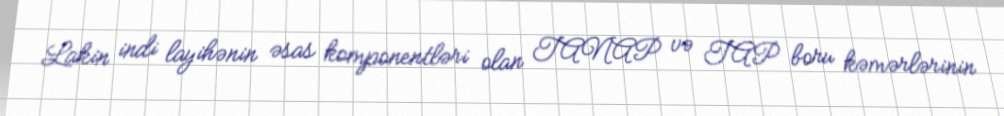
Lakin indi layihənin əsas komponentləri olan TANAP və TAP boru kəmərlərinin